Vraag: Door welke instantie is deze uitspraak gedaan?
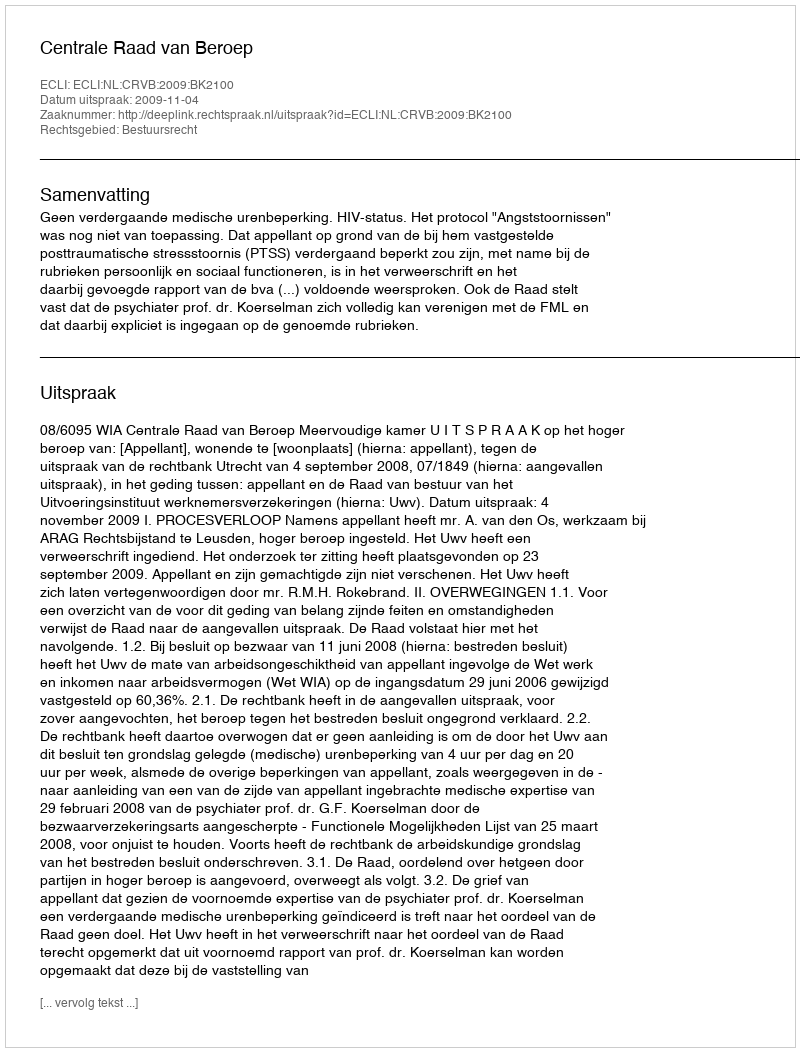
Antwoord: Centrale Raad van Beroep